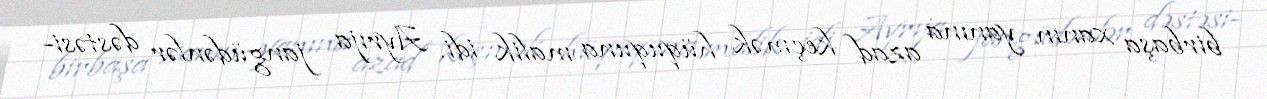
birbaşa xanın yanına azad keçmək hüququna malik idi. Ayrıja jangüdənlər dəstəsi-